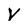
Character: V